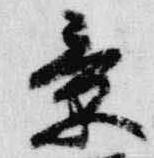
景